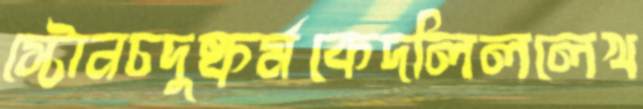
স্টোনচদুষ্কর্মকেদলিললেখ